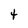
Character: t